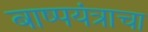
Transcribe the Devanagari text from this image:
बाष्पयंत्राचा